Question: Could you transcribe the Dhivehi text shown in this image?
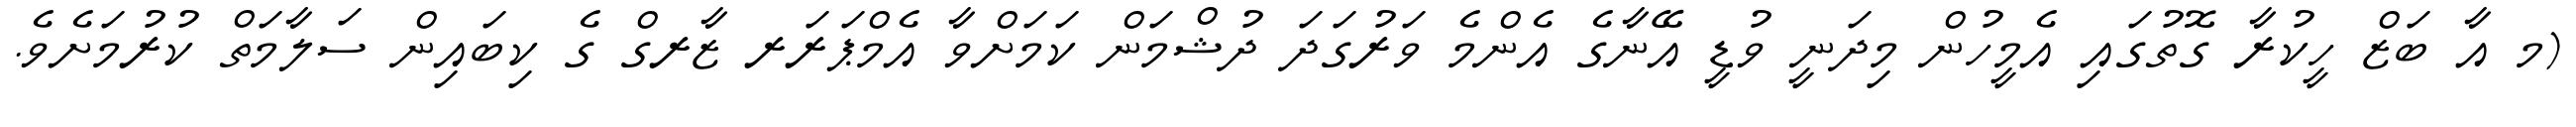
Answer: (މ އާ ބަޒް ހީކުރާ ގޮތުގައި އެމީހުން މިދަނީ ވުޑީ އޭނާގެ އެންމެ ވަރުގަދަ ދުޝްމަން ކަމަށްވާ އެމްޕަރަރ ޒާރގް ގެ ކިބައިން ސަލާމަތް ކުރުމަށެވެ.